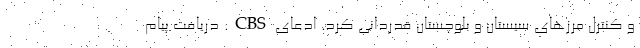
و کنترل مرزهای سیستان و بلوچستان قدردانی کرد. ادعای CBS: دریافت پیام